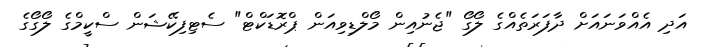
އަދި އެއްވަނައަށް ދާފަރަތެއްގެ ލޯގޯ "ޖެނުއިން މޯލްޑިވިއަން ޕްރޮޑަކްޓް" ސެޓިފިކޭޝަން ސްކީމްގެ ލޯގޯގެ